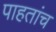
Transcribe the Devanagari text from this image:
पाहतांच